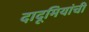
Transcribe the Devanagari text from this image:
दादूमियांची